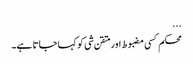
...
محکم کسی مضبوط اور متقن شی کو کہا جاتا ہے۔